65_HS1-834228961_62-HQ-83894_Section_9
Agency: FBI
Page 221
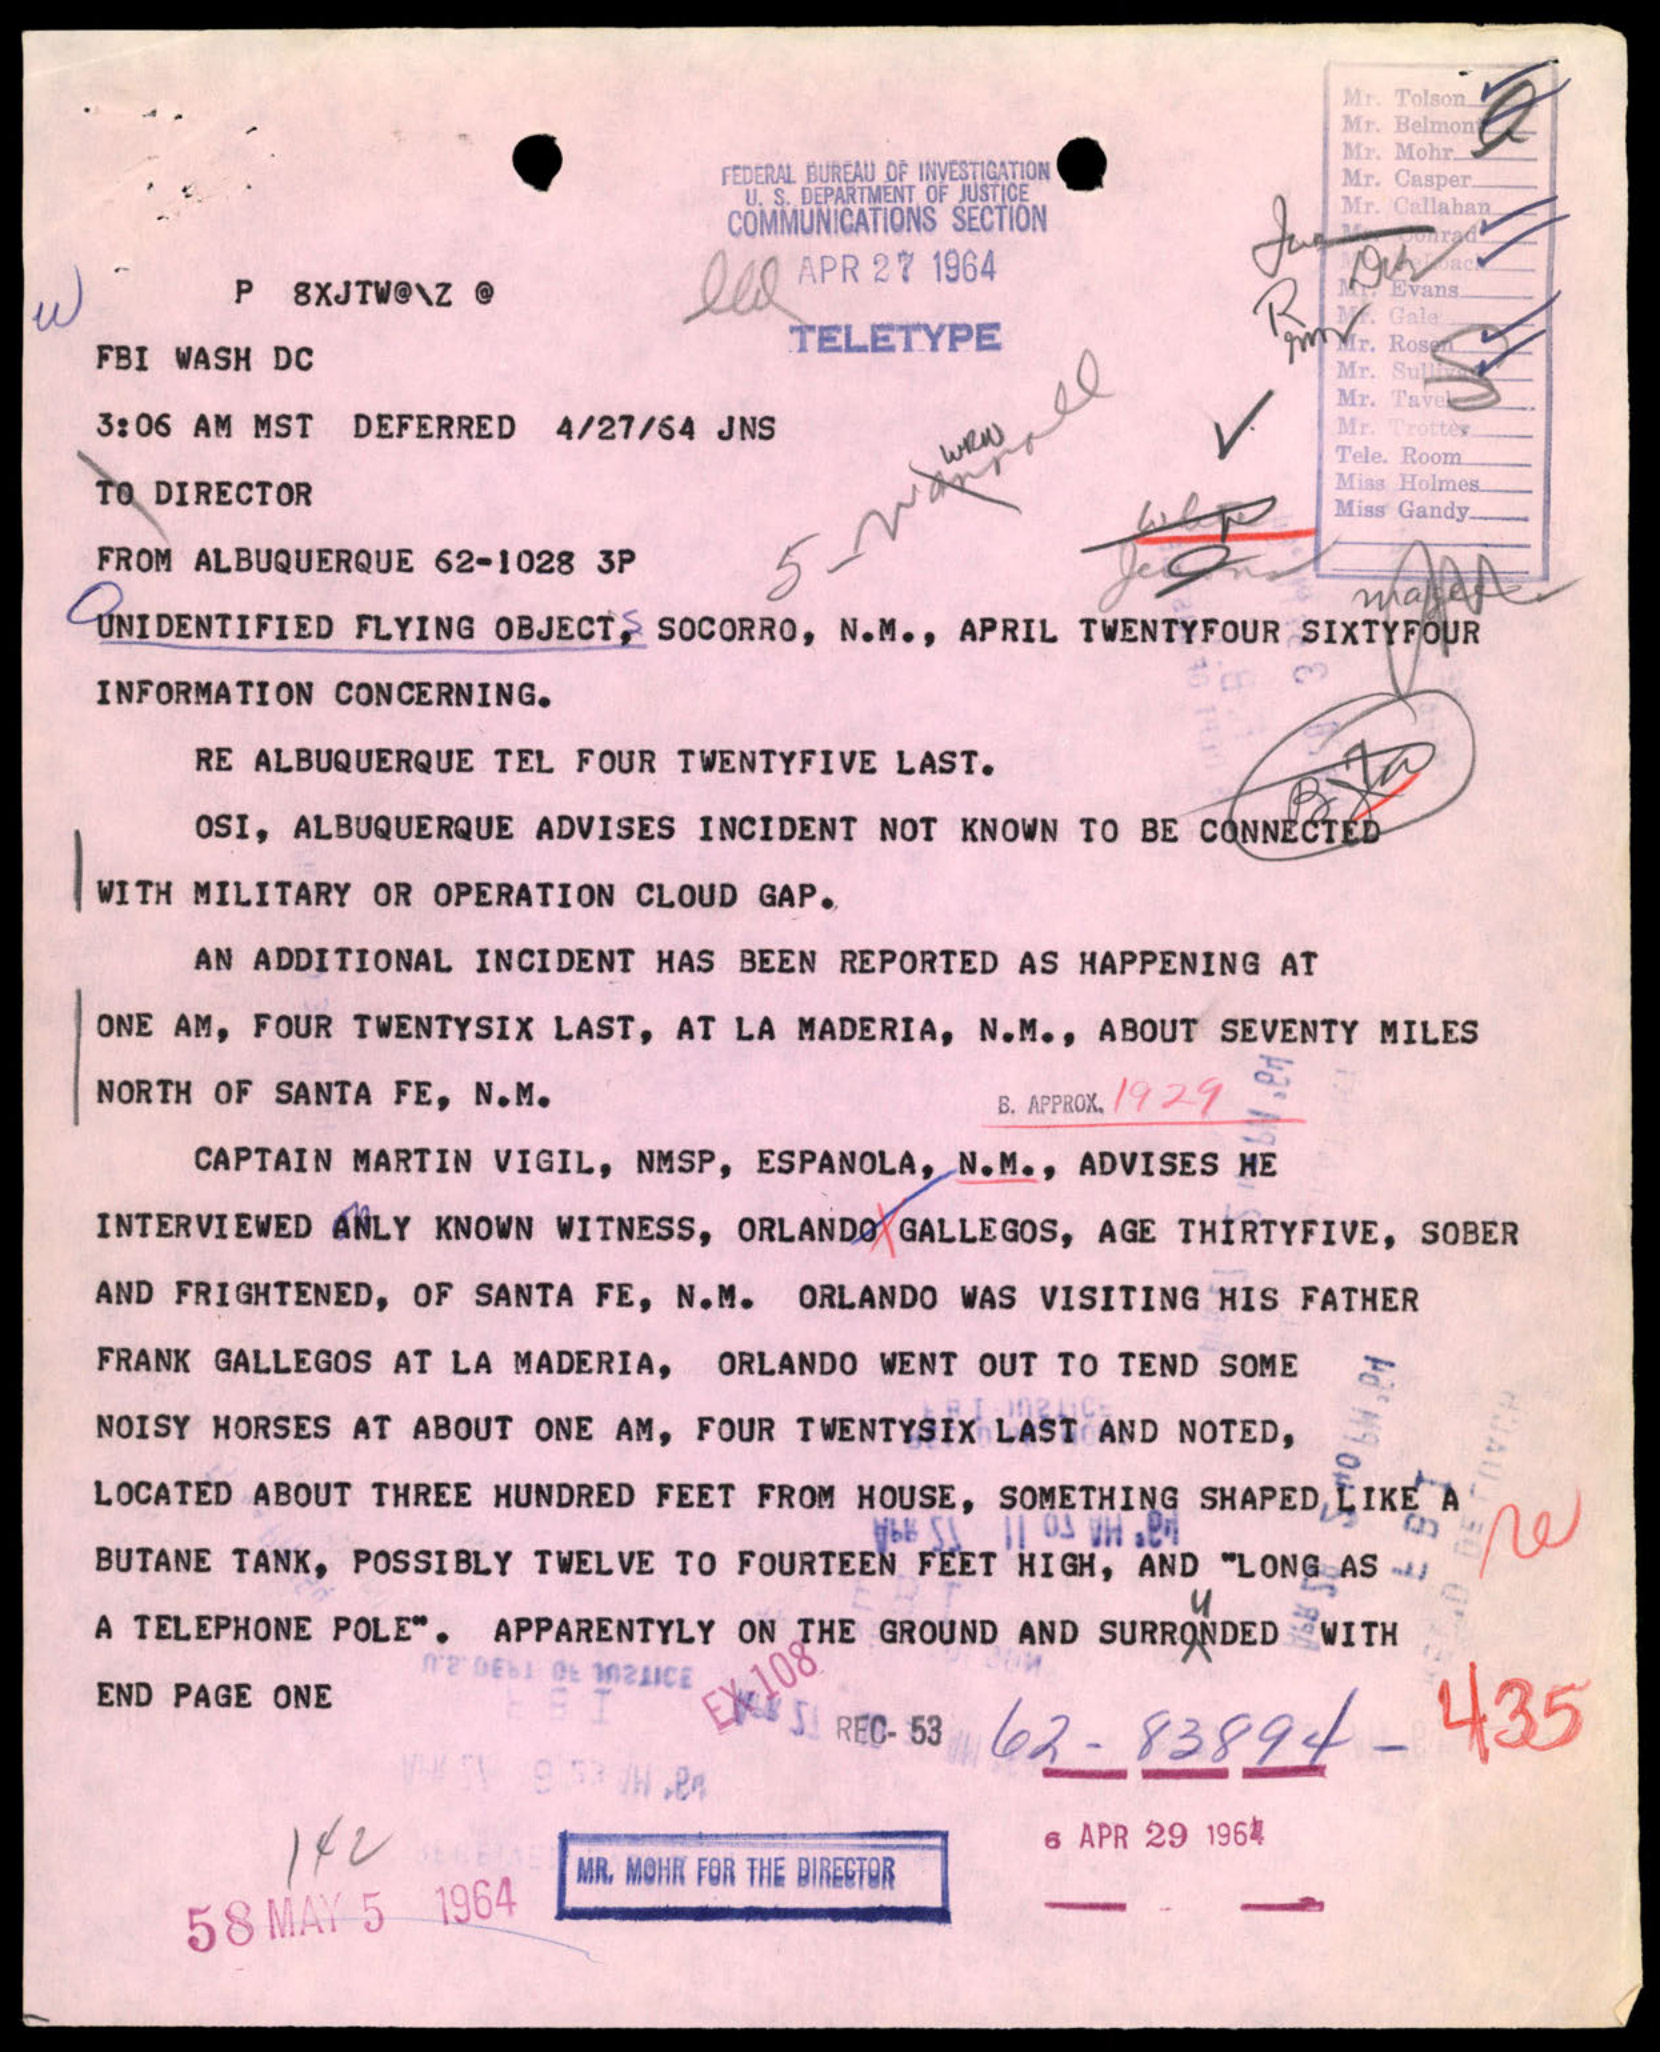